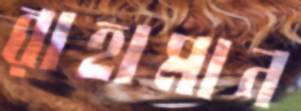
রাহামান